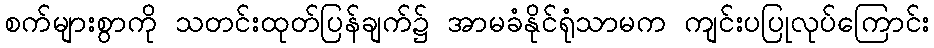
စက်များစွာကို သတင်းထုတ်ပြန်ချက်၌ အာမခံနိုင်ရုံသာမက ကျင်းပပြုလုပ်ကြောင်း